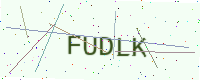
Text: FUDLK